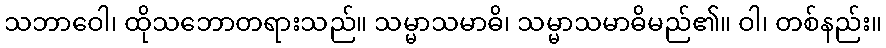
သဘာဝေါ၊ ထိုသဘောတရားသည်။ သမ္မာသမာဓိ၊ သမ္မာသမာဓိမည်၏။ ဝါ၊ တစ်နည်း။